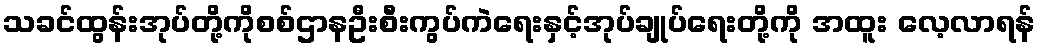
သခင်ထွန်းအုပ်တို့ကိုစစ်ဌာနဦးစီးကွပ်ကဲရေးနှင့်အုပ်ချုပ်ရေးတို့ကို အထူး လေ့လာရန်